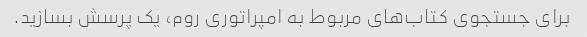
برای جستجوی کتاب‌های مربوط به امپراتوری روم، یک پرسش بسازید.